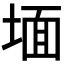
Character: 𭎹